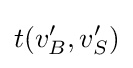
t(v'_{B},v'_{S})